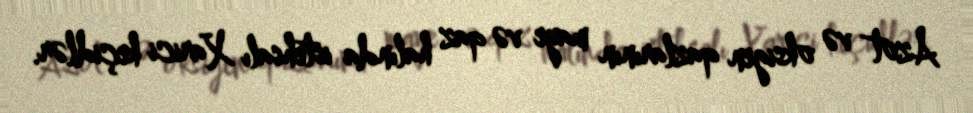
Azot və oksigen qazlarının maye və qaz halında istehsalı Xarici keçidlər.